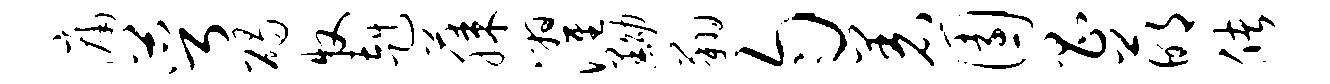
庸萼碣牧赳藤濯黝翔匀着园昌萌储